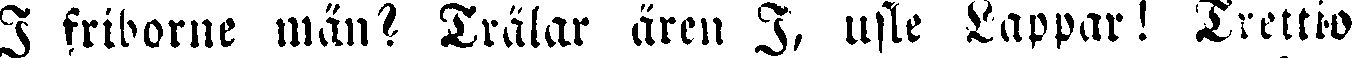
I friborne män? Trälar ärcn I, usle Lappar! Trettio